Leaving Certificate Examination (including Day School Certificate (Higher) General paper), 1933
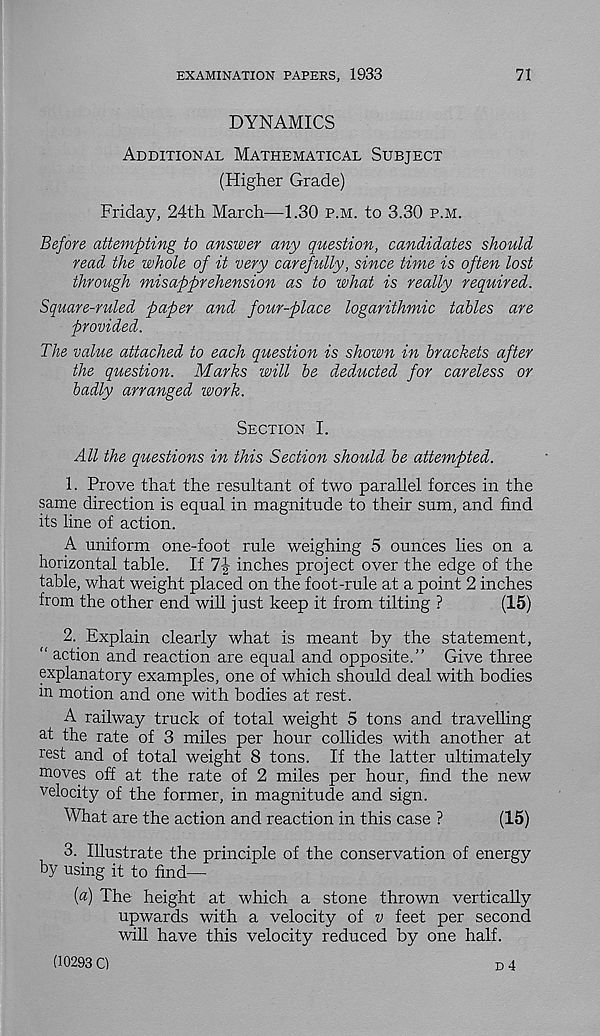
EXAMINATION PAPERS, 1933
71
DYNAMICS
Additional Mathematical Subject
(Higher Grade)
Friday, 24th March—1.30 p.m. to 3.30 p.m.
Before attempting to answer any question, candidates should
read the whole of it very carefully, since time is often lost
through misapprehension as to what is really required.
Square-ruled paper and four-place logarithmic tables are
provided.
The value attached to each question is shown in brackets after
the question. Marks will be deducted for careless or
badly arranged work.
Section I.
All the questions in this Section should be attempted.
1. Prove that the resultant of two parallel forces in the
same direction is equal in magnitude to their sum, and find
its line of action.
A uniform one-foot rule weighing 5 ounces lies on a
horizontal table. If 7f inches project over the edge of the
table, what weight placed on the foot-rule at a point 2 inches
from the other end will just keep it from tilting ?
(15)
2. Explain clearly what is meant by the statement,
“ action and reaction are equal and opposite.” Give three
explanatory examples, one of which should deal with bodies
in motion and one with bodies at rest.
A railway truck of total weight 5 tons and travelling
at the rate of 3 miles per hour collides with another at
rest and of total weight 8 tons. If the latter ultimately
moves off at the rate of 2 miles per hour, find the new
velocity of the former, in magnitude and sign.
What are the action and reaction in this case ?
(15)
3. Illustrate the principle of the conservation of energy
hy using it to find—
(a) The height at which a stone thrown vertically
upwards with a velocity of v feet per second
will have this velocity reduced by one half.
d 4
(10293 C)